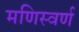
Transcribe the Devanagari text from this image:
मणिस्वर्ण